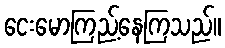
ငေးမောကြည့်နေကြသည်။